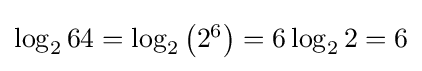
{\textstyle \log _{2}64=\log _{2}\left(2^{6}\right)=6\log _{2}2=6}